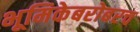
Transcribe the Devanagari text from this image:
भूमिकेबरोबरच